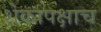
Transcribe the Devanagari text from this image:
शेकापक्षाच